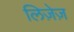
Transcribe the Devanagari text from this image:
लिज़ेज़